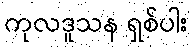
ကုလဒူသန ရှစ်ပါး